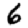
Digit: 6